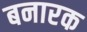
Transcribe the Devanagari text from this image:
बनारक